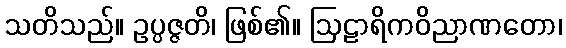
သတိသည်။ ဥပ္ပဇ္ဇတိ၊ ဖြစ်၏။ ဩဠာရိကဝိညာဏတော၊